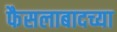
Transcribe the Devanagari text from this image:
फैसलाबादच्या